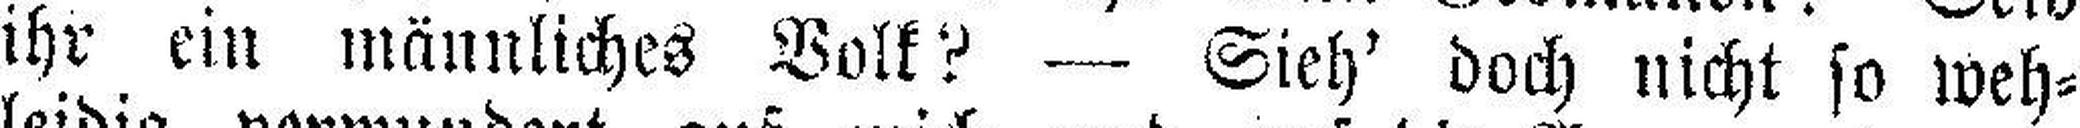
ihr ein männliches Volk? — Sieh' doch nicht so weh¬